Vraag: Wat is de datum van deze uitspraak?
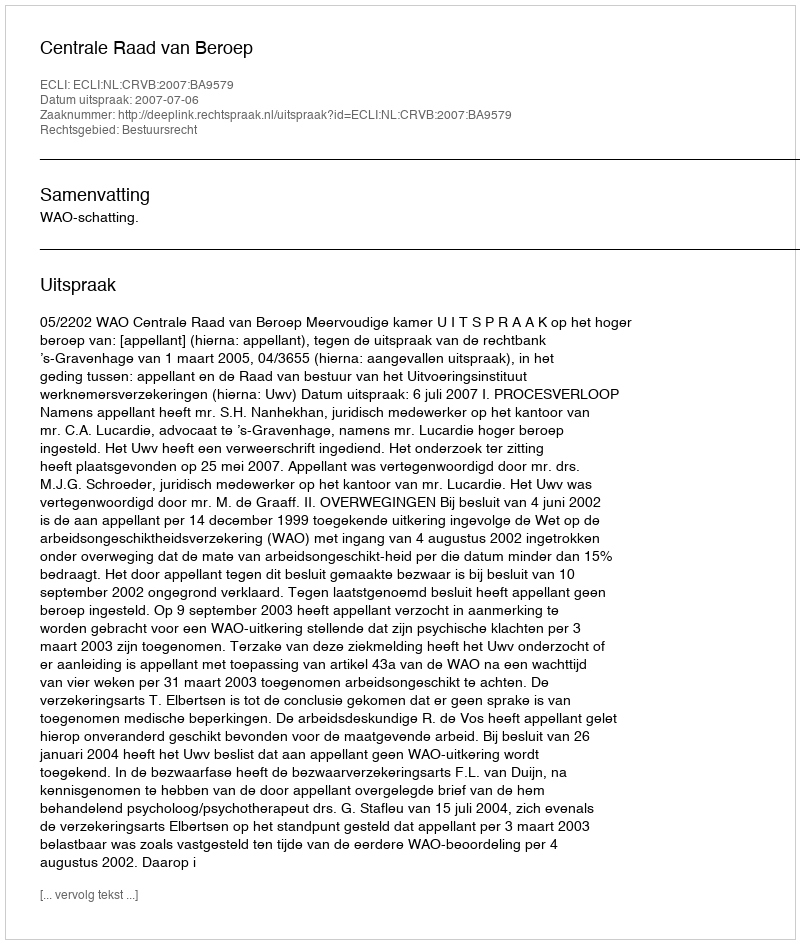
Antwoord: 2007-07-06